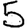
Digit: 5